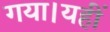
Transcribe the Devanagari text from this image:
गया।यहीं